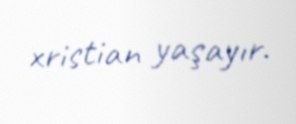
xristian yaşayır.